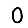
Digit: 0